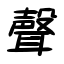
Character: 聲